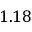
1 . 1 8